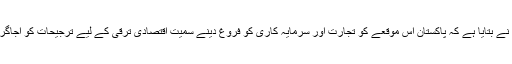
ریڈیو پاکستان کے مطابق دفتر خارجہ نے بتایا ہے کہ پاکستان اس موقعے کو تجارت اور سرمایہ کاری کو فروغ دینے سمیت اقتصادی ترقی کے لیے ترجیحات کو اجاگر کرنے کے لیے بروئے کار لائے گا۔